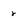
Character: r